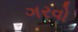
ગરવો